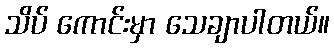
သိပ် ကောင်းမှာ သေချာပါတယ်။